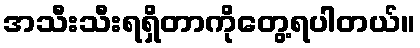
အသီးသီးရရှိတာကိုတွေ့ရပါတယ်။